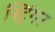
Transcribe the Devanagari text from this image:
स्ट्रिंगर